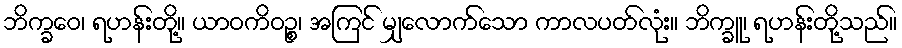
ဘိက္ခဝေ၊ ရဟန်းတို့။ ယာဝကိဝဉ္စ၊ အကြင် မျှလောက်သော ကာလပတ်လုံး။ ဘိက္ခူ၊ ရဟန်းတို့သည်။